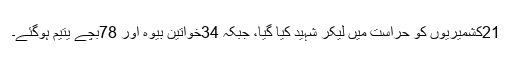
21کشمیریوں کو حراست میں لیکر شہید کیا گیا، جبکہ 34خواتین بیوہ اور 78بچے یتیم ہوگئے۔